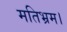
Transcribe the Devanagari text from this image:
मतिभ्रम।